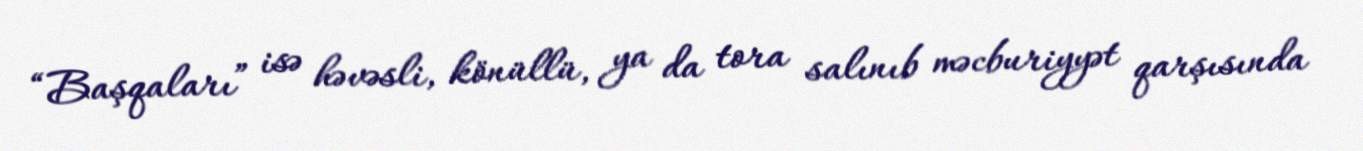
“Başqaları” isə həvəsli, könüllü, ya da tora salınıb məcburiyyət qarşısında